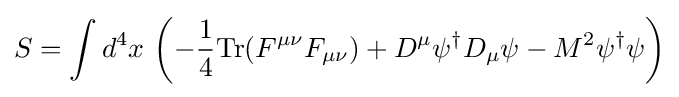
S=\int d^{4}x\,\left(-{\frac {1}{4}}{\text{Tr}}(F^{\mu \nu }F_{\mu \nu })+D^{\mu }\psi ^{\dagger }D_{\mu }\psi -M^{2}\psi ^{\dagger }\psi \right)